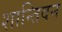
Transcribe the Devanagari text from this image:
शान्तिवन